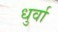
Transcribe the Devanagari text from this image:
धुर्वा